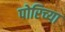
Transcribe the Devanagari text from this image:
पोरिच्या